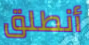
أنطلق